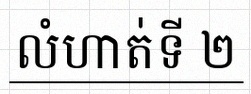
លំហាត់ទី ២